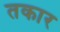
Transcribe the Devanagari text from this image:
तकार